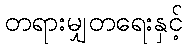
တရားမျှတရေးနှင့်